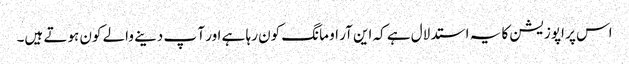
اس پر اپوزیشن کا یہ استدلال ہے کہ این آر او مانگ کون رہا ہے اور آ پ دینے والے کون ہوتے ہیں۔